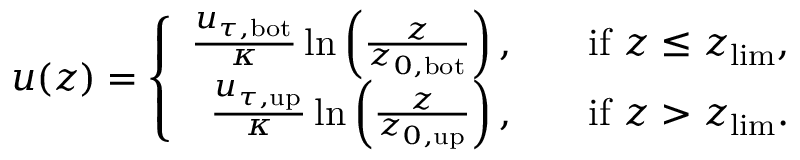
u ( z ) = \left\{ \begin{array} { r l r } { \frac { u _ { \tau , \mathrm { b o t } } } { \kappa } \ln \left( \frac { z } { z _ { 0 , \mathrm { b o t } } } \right) , } & { } & { \mathrm { i f } \ z \leq z _ { \mathrm { l i m } } , } \\ { \frac { u _ { \tau , \mathrm { u p } } } { \kappa } \ln \left( \frac { z } { z _ { 0 , \mathrm { u p } } } \right) , } & { } & { \mathrm { i f } \ z > z _ { \mathrm { l i m } } . } \end{array} \right.